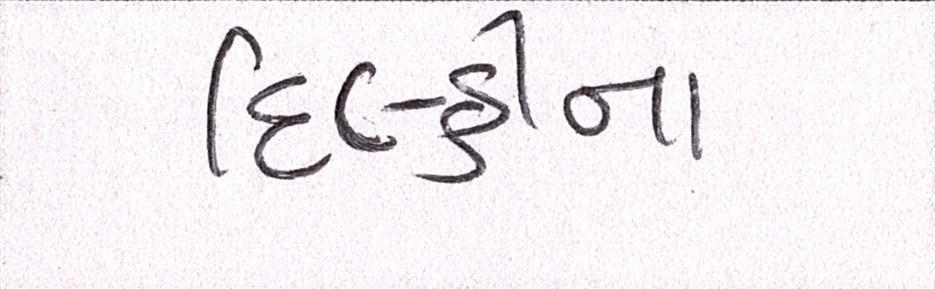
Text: દિલ્હીના